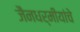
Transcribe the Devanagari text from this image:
जैनधर्मीयांचे